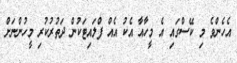
އެހެންވެ މި ކޭސްގައި އެ މީހާއާ އެކު އެއް ފްލައިޓަކުން ދަތުރުކުރި މީހުންނަށް